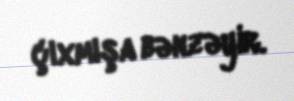
çıxmışa bənzəyir.